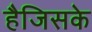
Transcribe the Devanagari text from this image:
हैजिसके